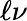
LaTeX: \ell\nu